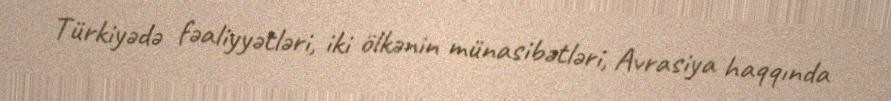
Türkiyədə fəaliyyətləri, iki ölkənin münasibətləri, Avrasiya haqqında